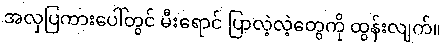
အလှပြကားပေါ်တွင် မီးရောင် ပြာလဲ့လဲ့တွေကို ထွန်းလျက်။